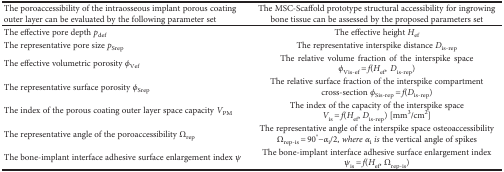
<table><thead><tr><td><b>The poroaccessibility of the intraosseous implant porous coating outer layer can be evaluated by the following parameter set</b></td><td><b>The MSC-Scaffold prototype structural accessibility for ingrowing bone tissue can be assessed by the proposed parameters set</b></td></tr></thead><tbody><tr><td>The effective pore depth <i>p</i><sub>def</sub></td><td>The effective height <i>H</i><sub>ef</sub></td></tr><tr><td>The representative pore size <i>p</i><sub>Srep</sub></td><td>The representative interspike distance <i>D</i><sub>is-rep</sub></td></tr><tr><td>The effective volumetric porosity <i>φ</i><sub>Vef</sub></td><td>The relative volume fraction of the interspike space <i>φ</i><sub>Vis-ef</sub> <i>= f</i>(<i>H</i><sub>ef</sub>, <i>D</i><sub>is-rep</sub>)</td></tr><tr><td>The representative surface porosity <i>φ</i><sub>Srep</sub></td><td>The relative surface fraction of the interspike compartment cross-section <i>φ</i><sub>Sis-rep</sub> <i>= f</i>(<i>D</i><sub>is-rep</sub>)</td></tr><tr><td>The index of the porous coating outer layer space capacity <i>V</i><sub>PM</sub></td><td>The index of the capacity of the interspike space <i>V</i><sub>is</sub> = <i>f</i>(<i>H</i><sub>ef</sub>, <i>D</i><sub>is-rep</sub>) [mm<sup>3</sup>/cm<sup>2</sup>]</td></tr><tr><td>The representative angle of the poroaccessibility <i>Ω</i><sub>rep</sub></td><td>The representative angle of the interspike space osteoaccessibility <i>Ω</i><sub>rep-is</sub> = 90°−<i>α</i><sub>i</sub>/2, <i>where α</i><sub>i</sub><i> is</i> the vertical angle of spikes</td></tr><tr><td>The bone-implant interface adhesive surface enlargement index <i>ψ</i></td><td>The bone-implant interface adhesive surface enlargement index <i>ψ</i><sub>is</sub> <i>= f</i>(<i>H</i><sub>ef</sub>, <i>Ω</i><sub>rep-is</sub>)</td></tr></tbody></table>